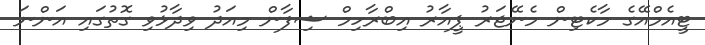
ޓީއެމްއޭގެ މާކެޓިން މެނޭޖަރު ޕީއާރު އިބްރާހިމް ޝިފާން މިއަދު ވިދާޅުވި ގޮތުގައި އަންނަ